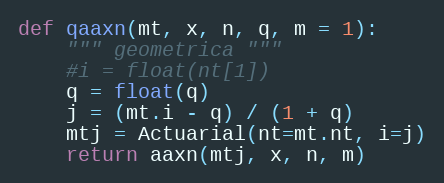
Language: Python
def qaaxn(mt, x, n, q, m = 1):
    """ geometrica """
    #i = float(nt[1])
    q = float(q)
    j = (mt.i - q) / (1 + q)
    mtj = Actuarial(nt=mt.nt, i=j)
    return aaxn(mtj, x, n, m)